Report on vaccination in Madras 1922-1929 - 1922-1929
Year: 1922
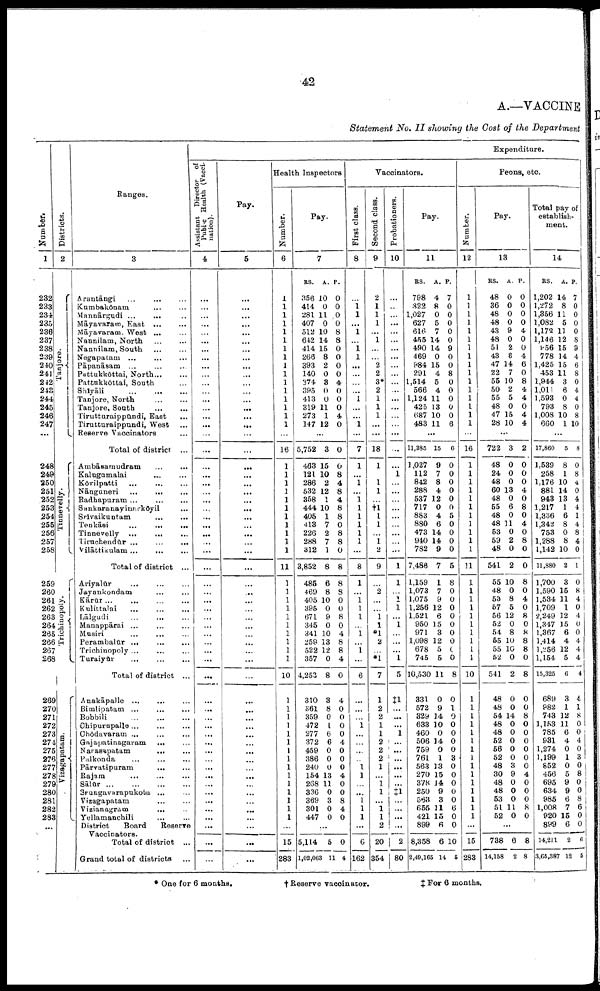
42
A.—VACCINE
Statement No. II showing the Cost of the Department
Number.
1
232
233
234
235
236
237
238
239
240
241
242
243
244
245
246
247
...
248
249
250
251
252
253
254
255
256
257
258
259
260
261
262
263
264
265
266
267
268
269
270
271
272
273
274
275
276
277
278
279
280
281
282
283
...
Districts.
2
Tanjore.
Tinnevelly.
Trichinopoly.
Vizagapatam.
Ranges.
3
Arantāngi
...
...
...
Kumbakōnam ... ...
Mannārgudi ...
... ...
Māyavaram, East
...
...
Māyavaram West ... ...
Nannilam, North ... ...
Nannilam, South ... ...
Negapatam
...
...
...
Pāpanāsam
... ... ...
Pattukkōttai, North
...
...
Pattukkōttai, South ...
Shīyāli ... ... ...
Tanjore, North
...
...
Tanjore, South
...
...
Tirutturaippūndi, East ...
Tirutturaippundi, West ...
Reserve Vaccinators ...
Total of district
...
Ambāsamudram ... ...
Kalugumalai
... ...
Kōvilpatti
...
... ...
Nānguneri
...
... ...
Radhapuram ...
... ...
Sankaranayinarkōyil ...
Srīvaikuntam
...
...
Tenkāsi
...
...
...
Tinnevelly
...
...
Tiruchendūr ...
...
...
Vilāttīkulam...
... ...
Total of district
...
Ariyalūr ... ... ...
Jayankondam ... ...
Kārūr...
...
...
...
Kulittalai
... ... ...
Lālgudi
...
... ...
Manappārai ... ... ...
Musiri ... ... ...
Perambalūr ...
...
...
Trichinopoly ... ... ...
Turaiyūr
...
...
...
Total of district
...
Anakāpalle
... ... ...
Bimlipatam ...
...
...
Bobbili
...
...
...
Chipurupalle... ... ...
Chōdavaram ... ... ...
Gajapatinagaram
... ...
Narasapatam
...
...
Palkonda
...
...
...
Pārvatipuram
...
...
Rajam ... ... ...
Sālūr
...
...
...
...
Srungavarapukota
... ...
Vizagapatam
... ...
Vizianagram
... ...
Yellamanchili
... ...
District
Board
Reserve
Vaccinators.
Total of district
...
Grand total of districts
Expenditure.
Assistant Director of
Public
Health (Vacci¬
nation).
4
...
...
...
...
...
...
...
...
...
...
...
...
...
...
...
...
...
...
...
...
...
...
...
...
...
...
...
...
...
...
...
...
...
...
...
...
...
...
...
...
...
...
...
...
...
...
...
...
...
...
...
...
...
...
...
...
...
...
...
Pay.
5
...
...
...
...
...
...
...
...
...
...
...
...
...
...
...
...
...
...
...
...
...
...
...
...
...
...
...
...
...
...
...
...
...
...
...
...
...
...
...
...
...
...
...
...
...
...
...
...
...
...
...
...
...
...
...
...
...
...
...
Health Inspectors
Number.
6
1
1
1
1
1
1
1
1
1
1
1
1
1
1
1
1
...
16
1
1
1
1
1
1
1
1
1
1
1
11
1
1
1
1
1
1
1
1
1
1
10
1
1
1
1
1
1
1
1
1
1
1
1
1
1
1
...
15
283
Pay.
7
RS.
356
414
281
407
512
642
414
266
393
140
374
395
413
319
273
147
A.
10
0
11
0
10
14
15
8
2
0
3
0
0
11
1
12
P.
0
0
0
0
8
8
0
0
0
0
4
0
0
0
4
0
...
5,752
463
121
286
532
358
444
405
413
226
288
312
3,852
485
469
405
395
671
345
341
259
522
357
4,253
310
361
359
472
277
372
459
386
240
154
268
336
369
301
447
3
15
10
2
12
1
10
1
7
2
7
1
8
6
8
10
0
9
0
10
13
12
0
8
3
8
0
1
6
6
0
0
0
13
11
0
3
0
0
0
0
8
4
8
4
8
8
0
8
8
0
8
8
8
0
0
8
0
4
8
8
4
0
4
0
0
0
0
4
0
0
0
4
0
0
8
4
0
...
5,114
1,02,063
5
11
0
4
Vaccinators.
First class.
8
...
1 1
...
1
...
1
1
...
...
...
...
1
...
...
1
...
7
1
...
1
...
1
1
1
1
1
1
...
8
1
...
1
1
1
...
1
...
1
...
6
...
...
...
1
...
...
...
...
1
1
...
...
1
1
1
...
6
162
Second class.
9
2
1
1
1
...
1
...
...
2
2
3*
2
1
1
1
...
...
18
1
...
1
1
...
†1
1
1
...
1
2
9
...
2
...
...
1
1
*1
2
...
*1
7
1
2
2
1
1
2
2
2
1
...
1
1
...
1
1
2
20
354
Probationers.
10
...
...
...
...
...
...
...
...
...
...
...
...
...
...
...
...
...
...
...
1
...
...
...
...
...
...
...
...
...
1
1
...
1
1
...
1
...
...
...
1
5
‡1
...
...
...
1
...
...
...
...
...
...
‡1
...
...
...
...
2
80
Pay.
11
RS.
798
822
1,027
627
616
455
490
469
984
291
1,514
566
1,124
425
687
483
A.
4
8
0
5
7
14
14
0
15
4
5
4
11
13
10
11
P.
7
0
0
0
0
0
9
0
0
8
0
0
0
0
0
6
...
11,385
1,027
112
842
288
537
717
883
880
473
940
782
7,486
1,159
1,073
1,075
1,256
1,521
950
971
1,098
678
745
10,530
331
572
329
633
460
506
759
761
563
270
378
250
563
655
421
899
8,358
2,49,165
15
9
7
8
4
12
0
4
6
14
14
9
7
1
7
9
12
6
15
3
12
5
5
11
0
9
14
10
0
14
0
1
13
15
14
9
3
11
15
6
6
14
6
0
0
0
0
0
0
5
0
0
0
0
5
8
0
0
0
0
0
0
0
0
0
8
0
1
0
0
0
0
0
3
0
0
0
0
0
6
0
0
10
5
Peons, etc.
Number.
12
1
1
1
1
1
1
1
1
1
1
1
1
1
1
1
1
...
16
1
1
1
1
1
1
1
1
1
1
1
11
1
1
1
1
1
1
1
1
1
1
10
1
1
1
1
1
1
1
1
1
1
1
1
1
1
1
...
15
283
Pay.
13
RS.
48
36
48
48
43
48
51
43
47
22
55
50
55
48
47
28
A.
0
0
0
0
9
0
2
8
14
7
10
2
5
0
15
10
P.
0
0
0
0
4
0
0
4
6
0
8
4
4
0
4
4
...
722
48
24
48
60
48
55
48
48
53
59
48
541
55
48
53
57
56
52
54
55
55
52
541
48
48
54
48
48
52
56
52
48
30
48
48
53
51
52
3
0
0
0
13
0
6
0
11
0
2
0
2
10
0
8
5
12
0
8
10
10
0
2
0
0
14
0
0
0
0
0
3
9
0
0
0
11
0
2
0
0
0
4
0
8
0
4
0
8
0
0
8
0
4
0
8
0
8
8
8
0
8
0
0
8
0
0
0
0
0
0
4
0
0
0
8
0
...
738
14,158
6
2
8
8
Total pay of
establish
ment.
14
RS.
1,202
1,272
1,356
1,082
1,172
1,146
956
778
1,425
453
1,944
1,011
1,593
793
1,008
660
A.
14
8
11
5
11
12
15
14
15
11
3
6
0
8
10
1
P.
7
0
0
0
0
8
9
4
6
8
0
4
4
0
8
10
...
17,860
1,539
258
1,176
881
943
1,217
1,336
1,342
753
1,288
1,142
11,880
1,700
1,590
1,534
1,709
2,249
1,347
1,367
1,414
1,256
1,154
15,325
689
982
743
1,153
785
931
1,274
1,199
852
456
695
634
985
1,008
920
899
14,211
3,65,387
5
8
1
10
14
13
1
6
8
0
8
10
2
3
15
11
1
12
15
6
4
12
5
6
3
1
12
11
6
4
0
1
0
5
9
9
6
7
15
6
2
12
8
0
8
4
0
4
4
1
4
8
4
0
1
0
8
4
0
4
0
0
4
4
4
4
4
1
8
0
0
4
0
3
0 8
0
0
8
6
0
0
6
5
* One for 6 months.
† Reserve vaccinator.
‡ For 6 months.